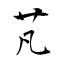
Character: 芃